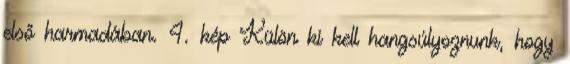
első harmadában. 4. kép Külön ki kell hangsúlyoznunk, hogy